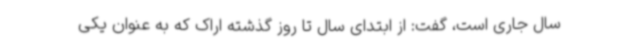
سال جاری است، گفت: از ابتدای سال تا روز گذشته اراک که به عنوان یکی